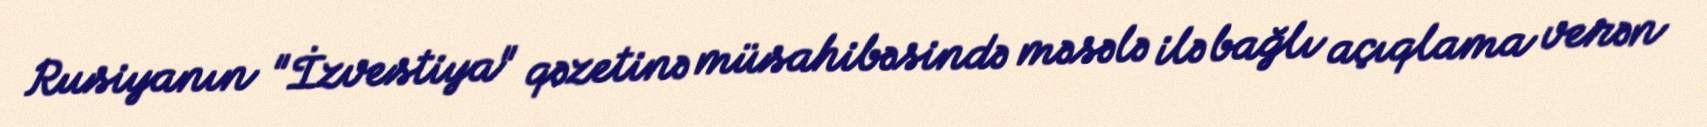
Rusiyanın "İzvestiya" qəzetinə müsahibəsində məsələ ilə bağlı açıqlama verən